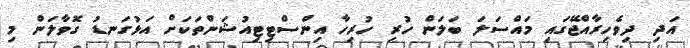
އަދި ދިވެހިރާއްޖޭގައި މައްސަލަ ބަލަން ހުރި ހުރިހާ އިންސްޓިޓިއުޝަންތަކަށް އަޅުގަނޑު ގޮވާލަން މި